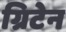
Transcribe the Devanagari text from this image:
ग्रिटेन